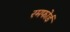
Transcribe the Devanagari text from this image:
रमफोर्ड